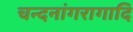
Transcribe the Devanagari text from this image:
चन्दनांगरागादि